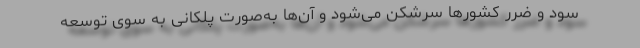
سود و ضرر کشورها سرشکن می‌شود و آن‌ها به‌صورت پلکانی به سوی توسعه